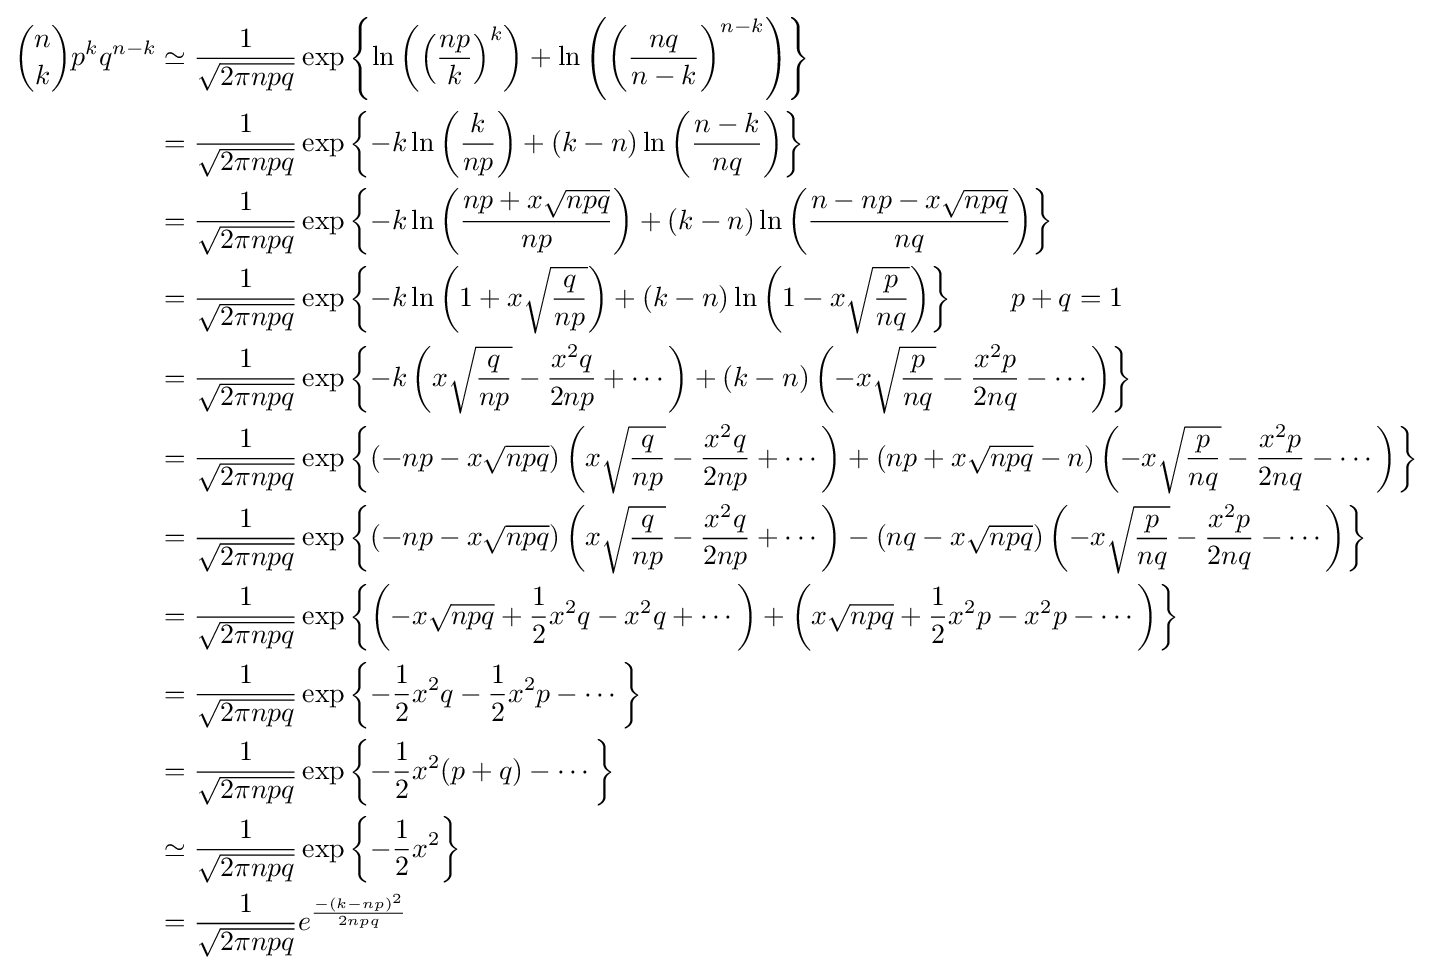
{\begin{aligned}{n \choose k}p^{k}q^{n-k}&\simeq {\frac {1}{\sqrt {2\pi npq}}}\exp \left\{\ln \left(\left({\frac {np}{k}}\right)^{k}\right)+\ln \left(\left({\frac {nq}{n-k}}\right)^{n-k}\right)\right\}\\&={\frac {1}{\sqrt {2\pi npq}}}\exp \left\{-k\ln \left({\frac {k}{np}}\right)+(k-n)\ln \left({\frac {n-k}{nq}}\right)\right\}\\&={\frac {1}{\sqrt {2\pi npq}}}\exp \left\{-k\ln \left({\frac {np+x{\sqrt {npq}}}{np}}\right)+(k-n)\ln \left({\frac {n-np-x{\sqrt {npq}}}{nq}}\right)\right\}\\&={\frac {1}{\sqrt {2\pi npq}}}\exp \left\{-k\ln \left({1+x{\sqrt {\frac {q}{np}}}}\right)+(k-n)\ln \left({1-x{\sqrt {\frac {p}{nq}}}}\right)\right\}\qquad p+q=1\\&={\frac {1}{\sqrt {2\pi npq}}}\exp \left\{-k\left({x{\sqrt {\frac {q}{np}}}}-{\frac {x^{2}q}{2np}}+\cdots \right)+(k-n)\left({-x{\sqrt {\frac {p}{nq}}}-{\frac {x^{2}p}{2nq}}}-\cdots \right)\right\}\\&={\frac {1}{\sqrt {2\pi npq}}}\exp \left\{\left(-np-x{\sqrt {npq}}\right)\left({x{\sqrt {\frac {q}{np}}}}-{\frac {x^{2}q}{2np}}+\cdots \right)+\left(np+x{\sqrt {npq}}-n\right)\left(-x{\sqrt {\frac {p}{nq}}}-{\frac {x^{2}p}{2nq}}-\cdots \right)\right\}\\&={\frac {1}{\sqrt {2\pi npq}}}\exp \left\{\left(-np-x{\sqrt {npq}}\right)\left(x{\sqrt {\frac {q}{np}}}-{\frac {x^{2}q}{2np}}+\cdots \right)-\left(nq-x{\sqrt {npq}}\right)\left(-x{\sqrt {\frac {p}{nq}}}-{\frac {x^{2}p}{2nq}}-\cdots \right)\right\}\\&={\frac {1}{\sqrt {2\pi npq}}}\exp \left\{\left(-x{\sqrt {npq}}+{\frac {1}{2}}x^{2}q-x^{2}q+\cdots \right)+\left(x{\sqrt {npq}}+{\frac {1}{2}}x^{2}p-x^{2}p-\cdots \right)\right\}\\&={\frac {1}{\sqrt {2\pi npq}}}\exp \left\{-{\frac {1}{2}}x^{2}q-{\frac {1}{2}}x^{2}p-\cdots \right\}\\&={\frac {1}{\sqrt {2\pi npq}}}\exp \left\{-{\frac {1}{2}}x^{2}(p+q)-\cdots \right\}\\&\simeq {\frac {1}{\sqrt {2\pi npq}}}\exp \left\{-{\frac {1}{2}}x^{2}\right\}\\&={\frac {1}{\sqrt {2\pi npq}}}e^{\frac {-(k-np)^{2}}{2npq}}\\\end{aligned}}